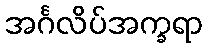
အင်္ဂလိပ်အက္ခရာ